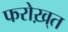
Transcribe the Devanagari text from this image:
फरोख़्त